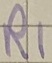
Text: R1